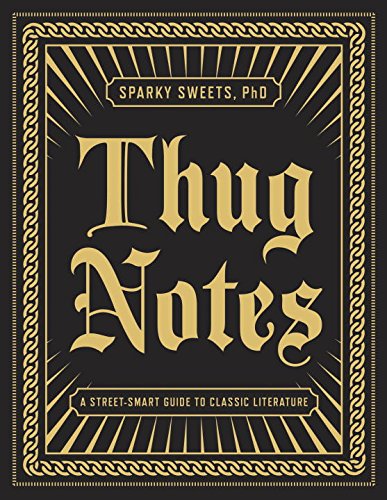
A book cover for Thug Notes: A Street-Smart Guide to Classic Literature (Vintage Original); Sparky Sweets PhD; Humor & Entertainment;